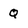
Character: Q